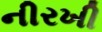
નીરખી